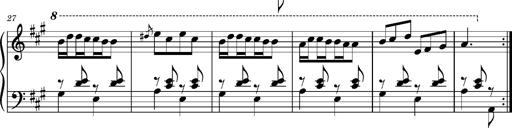
Title: Ungarischer Romanzero
Composer: Franz Liszt